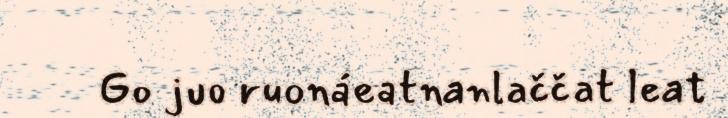
Go juo ruonáeatnanlaččat leat